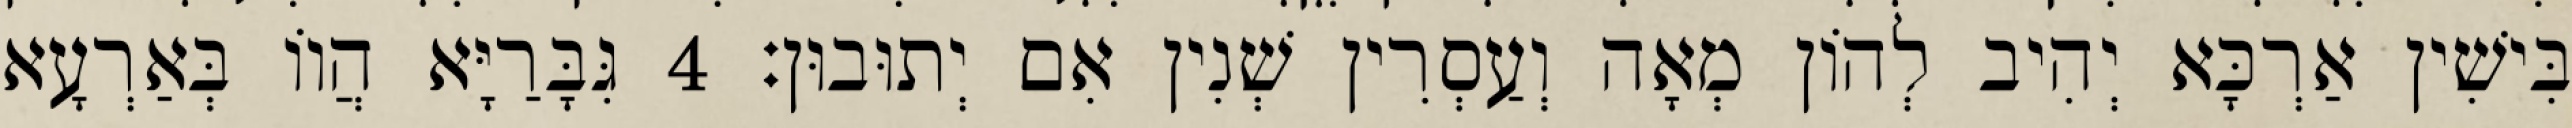
בִּישִׁין אַרְכָּא יְהִיב לְהוֹן מְאָה וְעַסְרִין שְׁנִין אִם יְתוּבוּן׃ 4 גִּבָּרַיָּא הֲווֹ בְּאַרְעָא